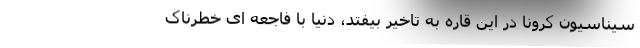
سیناسیون کرونا در این قاره به تاخیر بیفتد، دنیا با فاجعه ای خطرناک